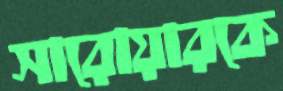
সারোয়ারকে